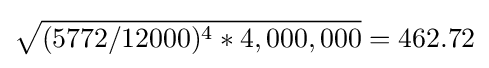
{\sqrt {(5772/12000)^{4}*4,000,000}}=462.72